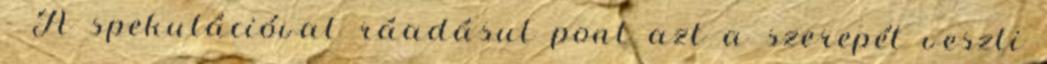
- A spekulációval ráadásul pont azt a szerepét veszti